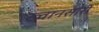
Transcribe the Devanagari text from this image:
ख्वानसारी